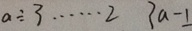
a \div 3 \cdots 2 3 a - 1